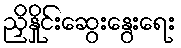
ညှိနှိုင်းဆွေးနွေးရေး